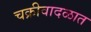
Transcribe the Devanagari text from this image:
चक्रीवादळात